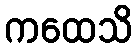
ကထေသိ